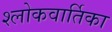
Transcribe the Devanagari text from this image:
श्लोकवार्तिका